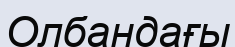
Олбандағы